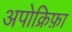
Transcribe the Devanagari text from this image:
अपोक्रिफ़ा